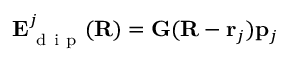
\mathbf E _ { \mathrm { ~ d ~ i ~ p ~ } } ^ { j } ( \mathbf { R } ) = \mathbf G ( \mathbf { R } - \mathbf { r } _ { j } ) \mathbf { p } _ { j }